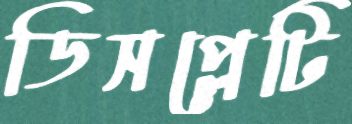
ডিসপ্লেটি